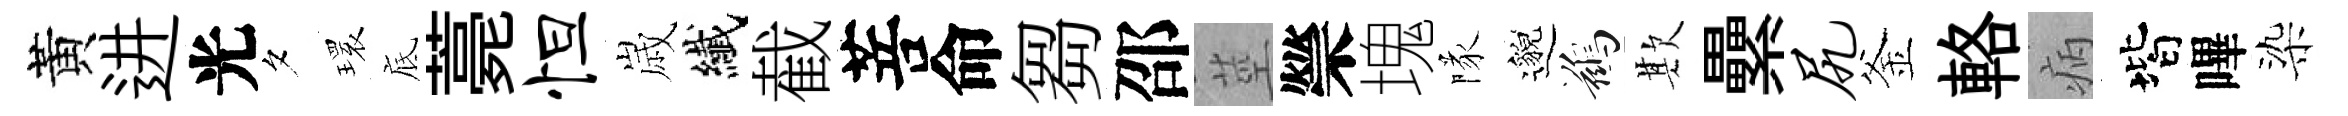
黃进光夕𤨔底薧怛𡻕纎截菩命芻邵莖禜塊隊邈鷀欺纍尻釜輅病階嗶染